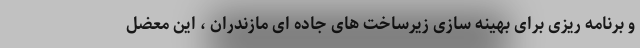
و برنامه ریزی برای بهینه سازی زیرساخت های جاده ای مازندران ، این معضل